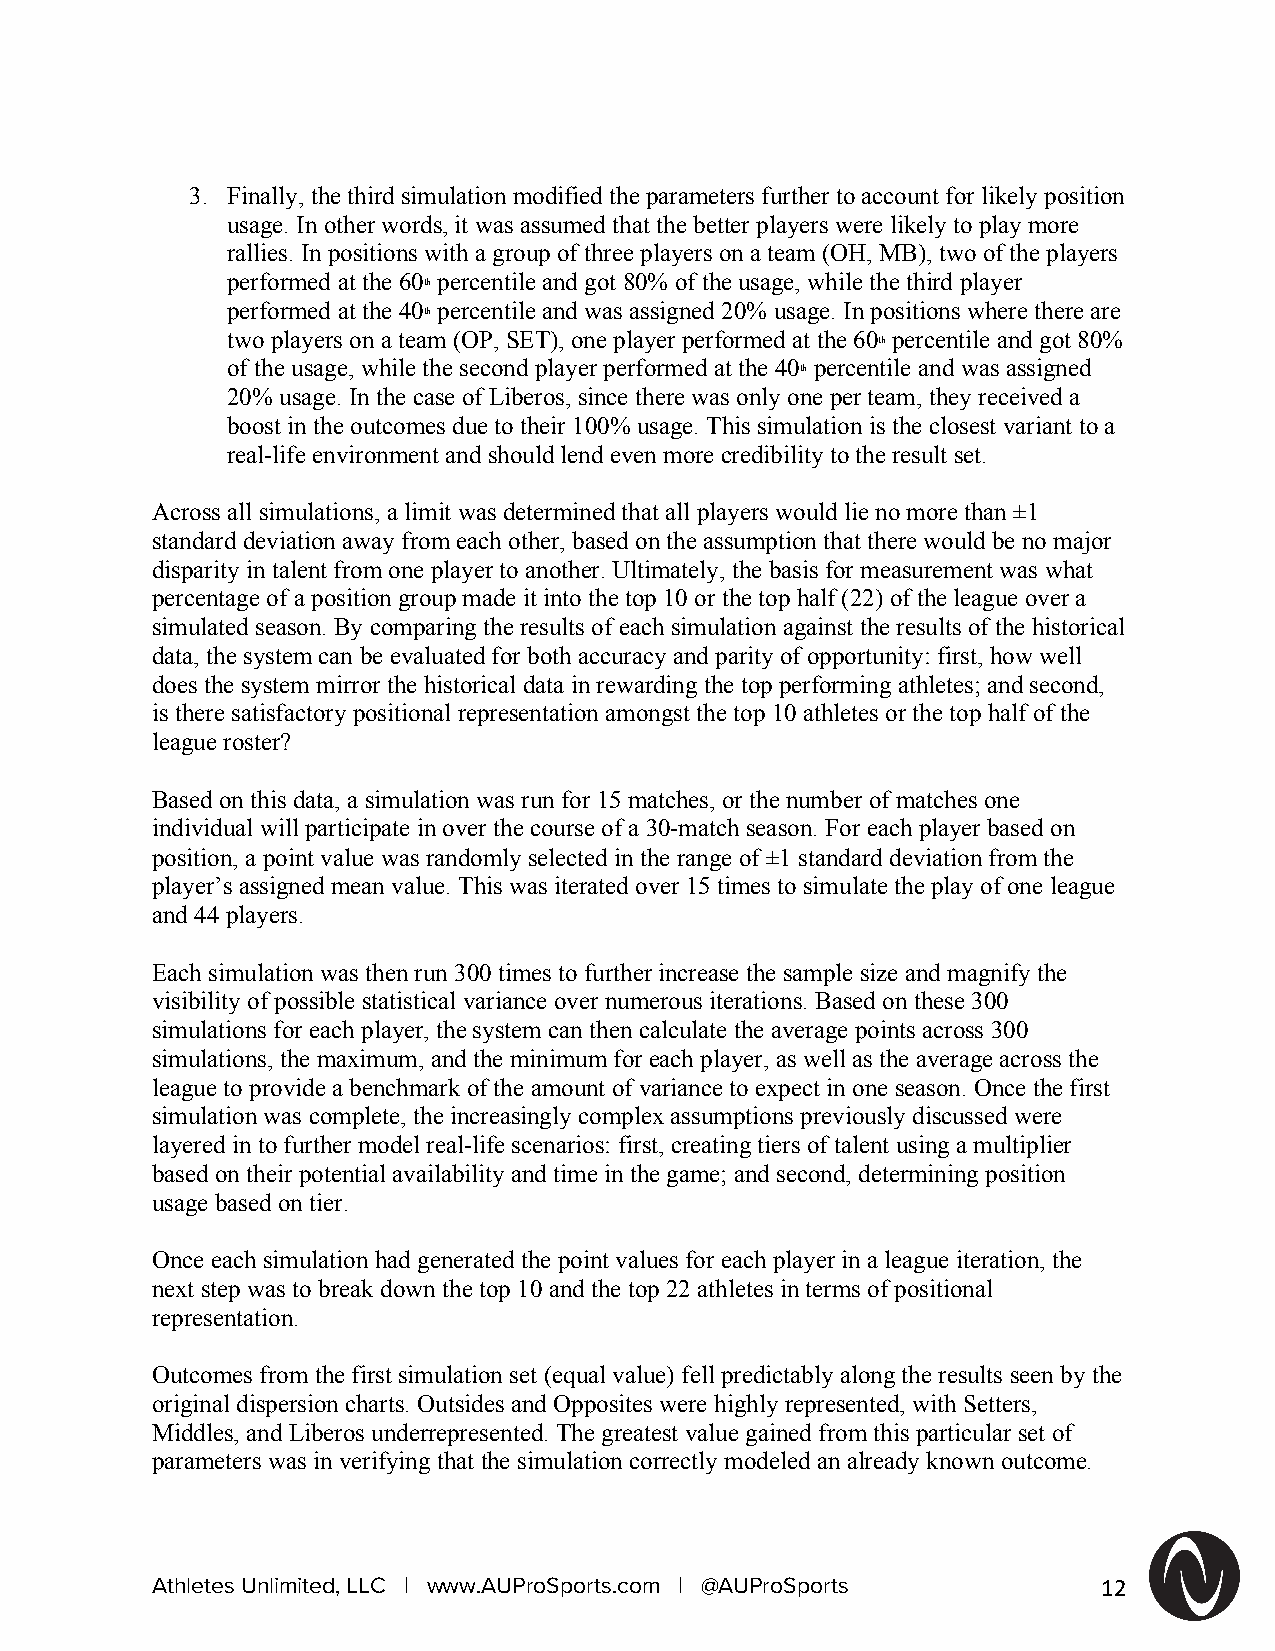
3. Finally, the third simulation modified the parameters further to account for likely position
 usage. In other words, it was assumed that the better players were likely to play more
 rallies. In positions with a group of three players on a team (OH, MB), two of the players
 performed at the 60 percentile and got 80% of the usage, while the third player
 th
 performed at the 40 percentile and was assigned 20% usage. In positions where there are
 th
 two players on a team (OP, SET), one player performed at the 60 percentile and got 80%
 th
 of the usage, while the second player performed at the 40 percentile and was assigned
 th
 20% usage. In the case of Liberos, since there was only one per team, they received a
 boost in the outcomes due to their 100% usage. This simulation is the closest variant to a
 real-life environment and should lend even more credibility to the result set.
 Across all simulations, a limit was determined that all players would lie no more than ±1
 standard deviation away from each other, based on the assumption that there would be no major
 disparity in talent from one player to another. Ultimately, the basis for measurement was what
 percentage of a position group made it into the top 10 or the top half (22) of the league over a
 simulated season. By comparing the results of each simulation against the results of the historical
 data, the system can be evaluated for both accuracy and parity of opportunity: first, how well
 does the system mirror the historical data in rewarding the top performing athletes; and second,
 is there satisfactory positional representation amongst the top 10 athletes or the top half of the
 league roster?
 Based on this data, a simulation was run for 15 matches, or the number of matches one
 individual will participate in over the course of a 30-match season. For each player based on
 position, a point value was randomly selected in the range of ±1 standard deviation from the
 player’s assigned mean value. This was iterated over 15 times to simulate the play of one league
 and 44 players.
 Each simulation was then run 300 times to further increase the sample size and magnify the
 visibility of possible statistical variance over numerous iterations. Based on these 300
 simulations for each player, the system can then calculate the average points across 300
 simulations, the maximum, and the minimum for each player, as well as the average across the
 league to provide a benchmark of the amount of variance to expect in one season. Once the first
 simulation was complete, the increasingly complex assumptions previously discussed were
 layered in to further model real-life scenarios: first, creating tiers of talent using a multiplier
 based on their potential availability and time in the game; and second, determining position
 usage based on tier.
 Once each simulation had generated the point values for each player in a league iteration, the
 next step was to break down the top 10 and the top 22 athletes in terms of positional
 representation.
 Outcomes from the first simulation set (equal value) fell predictably along the results seen by the
 original dispersion charts. Outsides and Opposites were highly represented, with Setters,
 Middles, and Liberos underrepresented. The greatest value gained from this particular set of
 parameters was in verifying that the simulation correctly modeled an already known outcome.
 Athletes Unlimited, LLC | www.AUProSports.com | @AUProSports   12